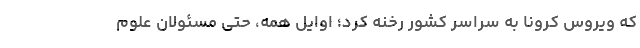
که ویروس کرونا به سراسر کشور رخنه کرد؛ اوایل همه، حتی مسئولان علوم